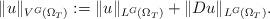
LaTeX: \begin{align*}\|u\|_{V^G(\Omega_T)} := \|u\|_{L^G(\Omega_T)}+\|Du\|_{L^G(\Omega_T)}.\end{align*}